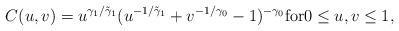
LaTeX: \begin{align*}C(u,v)=u^{\gamma_1/\tilde{\gamma}_1}(u^{-1/\tilde{\gamma}_1}+v^{-1/{\gamma}_0}-1)^{-\gamma_0}\textrm{for} 0\le u,v\le 1,\end{align*}